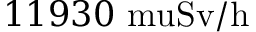
1 1 9 3 0 \mathrm { \ m u { S v / h } }